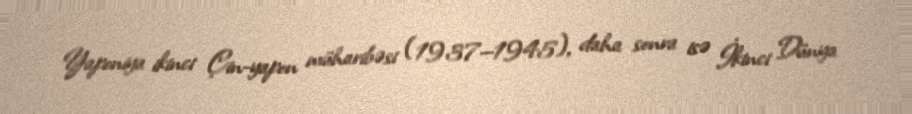
Yaponiya ikinci Çin-yapon müharibəsi (1937—1945), daha sonra isə İkinci Dünya